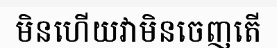
មិនហើយវាមិនចេញតើ